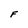
Character: F